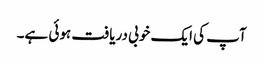
آپ کی ایک خوبی دریافت ہوئی ہے۔